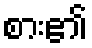
စား၏